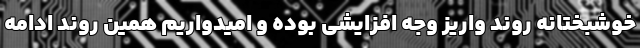
خوشبختانه روند واریز وجه افزایشی بوده و امیدواریم همین روند ادامه